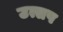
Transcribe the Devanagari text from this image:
उत्सप